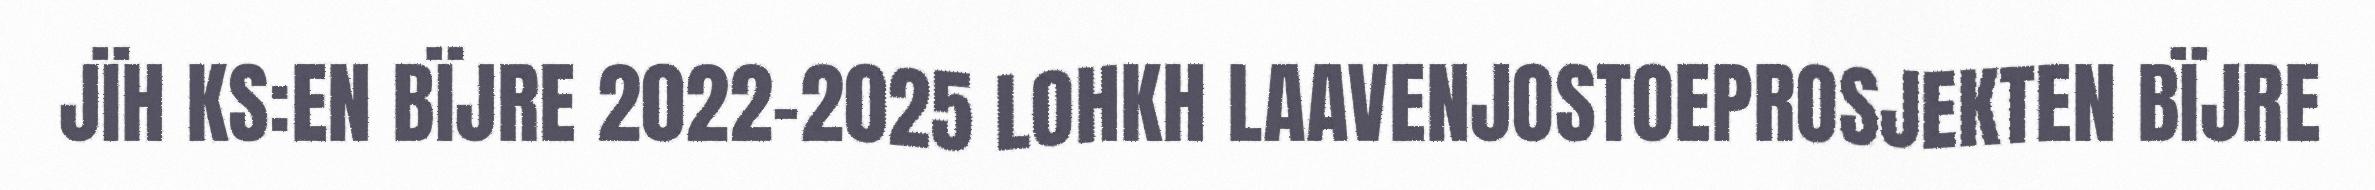
JÏH KS:EN BÏJRE 2022-2025 LOHKH LAAVENJOSTOEPROSJEKTEN BÏJRE